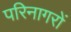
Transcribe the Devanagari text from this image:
परिनागरों